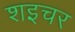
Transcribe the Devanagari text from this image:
शइचर